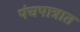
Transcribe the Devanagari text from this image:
पंचपात्रात